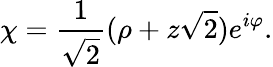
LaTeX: \chi={\frac{1}{\sqrt 2}}(\rho+z\sqrt 2)e^{i\varphi}.